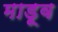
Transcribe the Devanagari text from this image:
माडूव